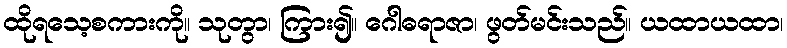
ထိုရသေ့စကားကို။ သုတွာ၊ ကြား၍။ ဂေါဓရာဇာ၊ ဖွတ်မင်းသည်။ ယထာယထာ၊